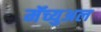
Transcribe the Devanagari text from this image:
मॅच्युअल